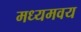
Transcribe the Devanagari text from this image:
मध्यमवय